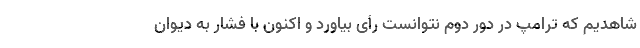
شاهدیم که ترامپ در دور دوم نتوانست رأی بیاورد و اکنون با فشار به دیوان